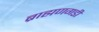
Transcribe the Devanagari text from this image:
ब्राह्मणगडी